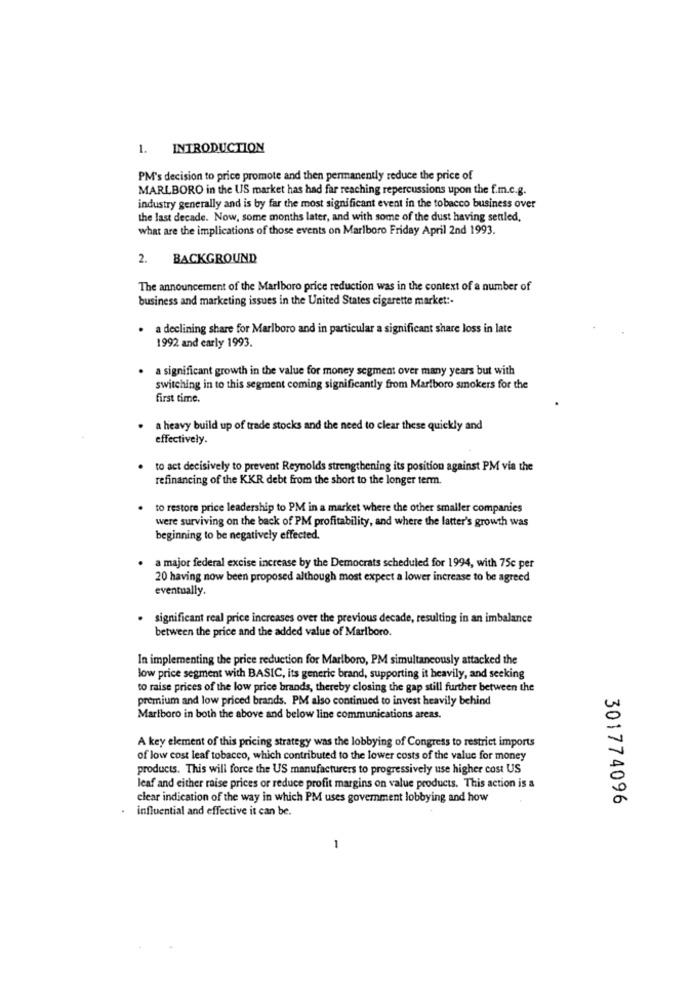
1. INTRODUCTION
PM's decision to price promote and then permanently reduce the price of
MARLBORO in the US market has had far reaching repercussions upon the f.m.c.g.
industry generally and is by far the most significant event in the tobacco business over
the last decade. Now, some months later, and with some of the dust having settled,
what are the implications of those events on Marlboro Friday April 2nd 1993.
2.
BACKGROUND
The announcement of the Marlboro price reduction was in the context of a number of
business and marketing issues in the United States cigarette market :-
a declining share for Marlboro and in particular a significant share loss in late
1992 and early 1993.
a significant growth in the value for money segment over many years but with
switching in to this segment coming significantly from Marlboro smokers for the
first time.
a heavy build up of trade stocks and the need to clear these quickly and
effectively.
to act decisively to prevent Reynolds strengthening its position against PM via the
refinancing of the KKR debt from the short to the longer term.
to restore price leadership to PM in a market where the other smaller companies
were surviving on the back of PM profitability, and where the latter's growth was
beginning to be negatively effected.
a major federal excise increase by the Democrats scheduled for 1994, with 75c per
20 having now been proposed although most expect a lower increase to be agreed
eventually.
significant real price increases over the previous decade, resulting in an imbalance
between the price and the added value of Marlboro.
In implementing the price reduction for Marlboro, PM simultaneously attacked the
low price segment with BASIC, its generic brand, supporting it heavily, and seeking
to raise prices of the low price brands, thereby closing the gap still further between the
premium and low priced brands. PM also continued to invest heavily behind
Marlboro in both the above and below line communications areas.
A key element of this pricing strategy was the lobbying of Congress to restrict imports
of low cost leaf tobacco, which contributed to the lower costs of the value for money
products. This will force the US manufacturers to progressively use higher cost US
leaf and either raise prices or reduce profit margins on value products. This action is a
clear indication of the way in which PM uses goverment lobbying and how
301774096
.
influential and effective it can be.
1